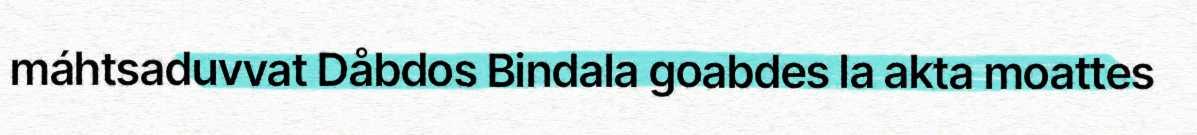
máhtsaduvvat Dåbdos Bindala goabdes la akta moattes